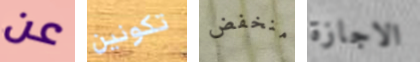
عن تكونين منخفض الاجازة